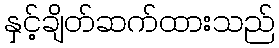
နှင့်ချိတ်ဆက်ထားသည်